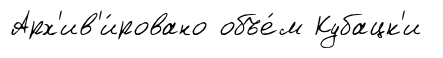
Арх'ив'и́ровано объе́м Кубацк'и